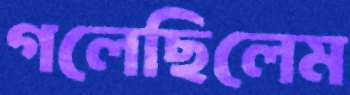
গলেছিলেম